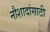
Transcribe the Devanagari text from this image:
नौशादांसाठी